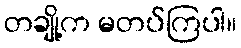
တချို့က မတပ်ကြပါ။